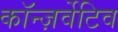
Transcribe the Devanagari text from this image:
कॉन्ज़र्वेटिव